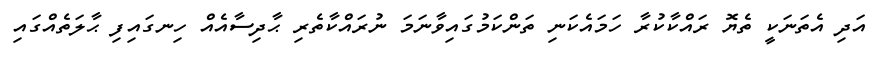
އަދި އެތަނަކީ ތެޔޮ ރައްކާކުރާ ހަމައެކަނި ތަންކަމުގައިވާނަމަ ނުރައްކާތެރި ޙާދިސާއެއް ހިނގައިފި ޙާލަތެއްގައި